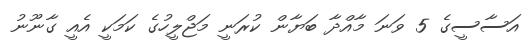
އަސާސީގެ 5 ވަނަ މާއްދާ ބަޔާން ކުރަނީ މަޖްލީހުގެ ކަމަކީ އެއީ ގާނޫނު